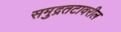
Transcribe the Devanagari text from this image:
समुद्रतटावरील